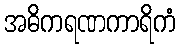
အဓိကရဏကာရိကံ